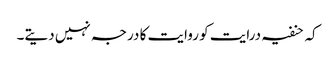
کہ حنفیہ درایت کو روایت کا درجہ نہیں دیتے۔